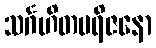
သင်္ဂဟိတပရိဇနော